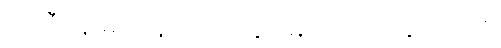
ရာသီပန်းမှာ ပုန်းညက်ပန်း၊ မြတ်လေးပန်းတည်း။